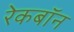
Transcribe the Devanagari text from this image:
रेकबॉन